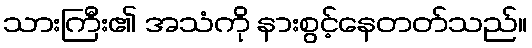
သားကြီး၏ အသံကို နားစွင့်နေတတ်သည်။